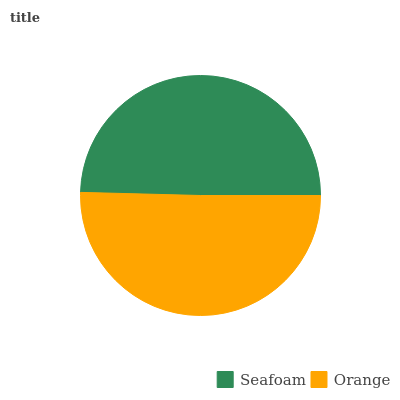
| Seafoam | Orange |
 | --- | --- |
 | 49.6% | 50.4% |